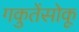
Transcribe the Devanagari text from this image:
गकुतेंसोकू